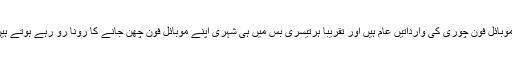
یہاں یہ امر بھی قابل ذکر ہے کہ میٹروبس سروس میں ان دنوں موبائل فون چوری کی وارداتیں عام ہیں اور تقریباً ہرتیسری بس میں ہی شہری اپنے موبائل فون چھن جانے کا رونا رو رہے ہوتے ہیں ، گزشتہ دنوں تھانہ کاہنہ میں ایک مبینہ چوربھی پکڑاگیا تھا ۔